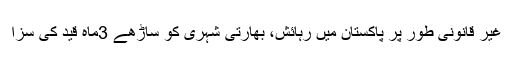
غیر قانونی طور پر پاکستان میں رہائش، بھارتی شہری کو ساڑھے 3ماہ قید کی سزا